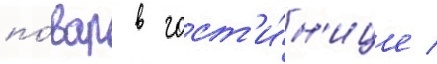
по́вар в гост'и́н'ице /